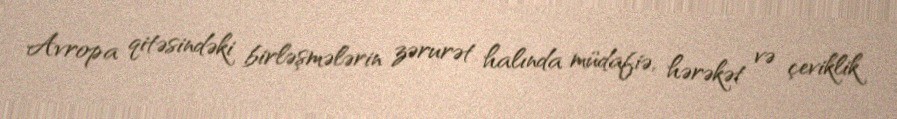
Avropa qitəsindəki birləşmələrin zərurət halında müdafiə, hərəkət və çeviklik